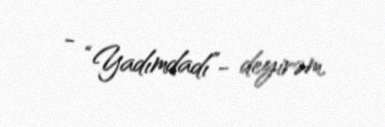
- “Yadımdadı”- deyirəm.